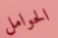
الحوامل